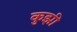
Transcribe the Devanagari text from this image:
कुझी